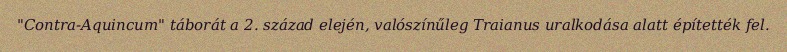
"Contra-Aquincum" táborát a 2. század elején, valószínűleg Traianus uralkodása alatt építették fel.